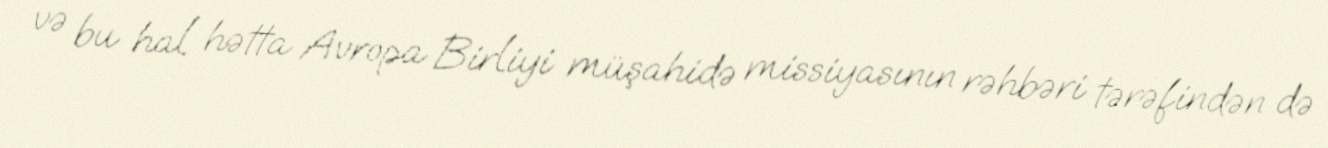
və bu hal hətta Avropa Birliyi müşahidə missiyasının rəhbəri tərəfindən də